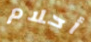
أحلام